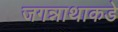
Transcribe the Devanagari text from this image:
जगन्नाथाकडे